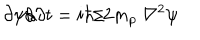
\partial \psi / \partial t = i \hbar / 2 m _ { p } \ { \nabla } ^ { 2 } \psi